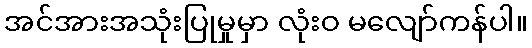
အင်အားအသုံးပြုမှုမှာ လုံးဝ မလျော်ကန်ပါ။